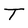
Character: T